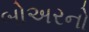
બોઅરનો